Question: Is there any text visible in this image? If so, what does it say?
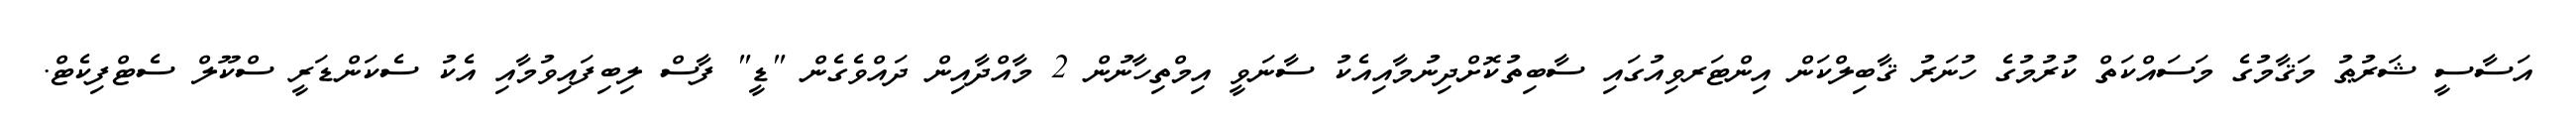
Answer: އަސާސީ ޝަރުޠު މަޤާމުގެ މަސައްކަތް ކުރުމުގެ ހުނަރު ޤާބިލްކަން އިންޓަރވިއުގައި ސާބިތުކޮށްދިނުމާއިއެކު ސާނަވީ އިމްތިހާނުން 2 މާއްދާއިން ދައްވެގެން "ޑީ" ފާސް ލިބިފައިވުމާއި އެކު ސެކަންޑަރީ ސްކޫލް ސެޓްފިކެޓް.